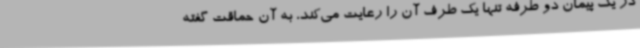
در یک پیمان دو طرفه تنها یک طرف آن را رعایت می‌کند، به آن حماقت گفته